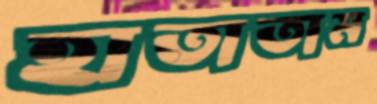
হাতাতাম